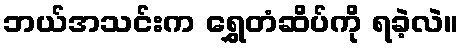
ဘယ်အသင်းက ရွှေတံဆိပ်ကို ရခဲ့လဲ။